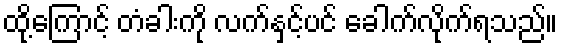
ထို့ကြောင့် တံခါးကို လက်နှင့်ပင် ခေါက်လိုက်ရသည်။